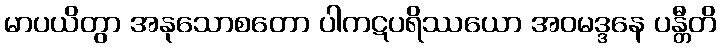
မာပယိတွာ အနုသောစတော ပါကဋပရိဿယော အဝမဒ္ဒနေ ပန္တီတိ